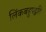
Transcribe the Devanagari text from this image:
लिंकबहुपद्वति